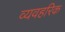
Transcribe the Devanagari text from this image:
व्यवहरिक